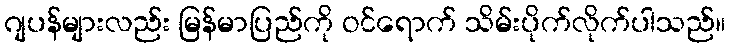
ဂျပန်များလည်း မြန်မာပြည်ကို ဝင်ရောက် သိမ်းပိုက်လိုက်ပါသည်။